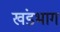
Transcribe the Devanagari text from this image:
खंडभाग